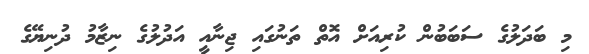
މި ބަދަލުގެ ސަބަބުން ކުރިއަށް އޮތް ތަނުގައި ޖިނާއީ އަދުލުގެ ނިޒާމު ދުނިޔޭގެ